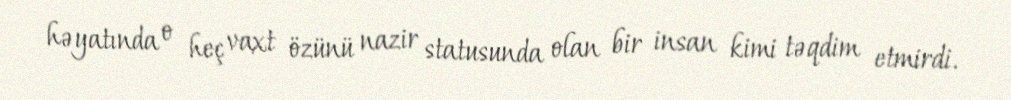
həyatında o heç vaxt özünü nazir statusunda olan bir insan kimi təqdim etmirdi.